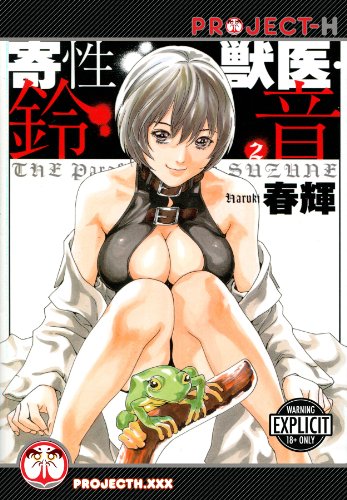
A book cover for The Parasite Doctor Suzune Volume 2 (Hentai Manga) (Parasite Dr Suzune Gn); Haruki; Comics & Graphic Novels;